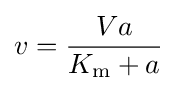
v={\frac {Va}{K_{\mathrm {m} }+a}}